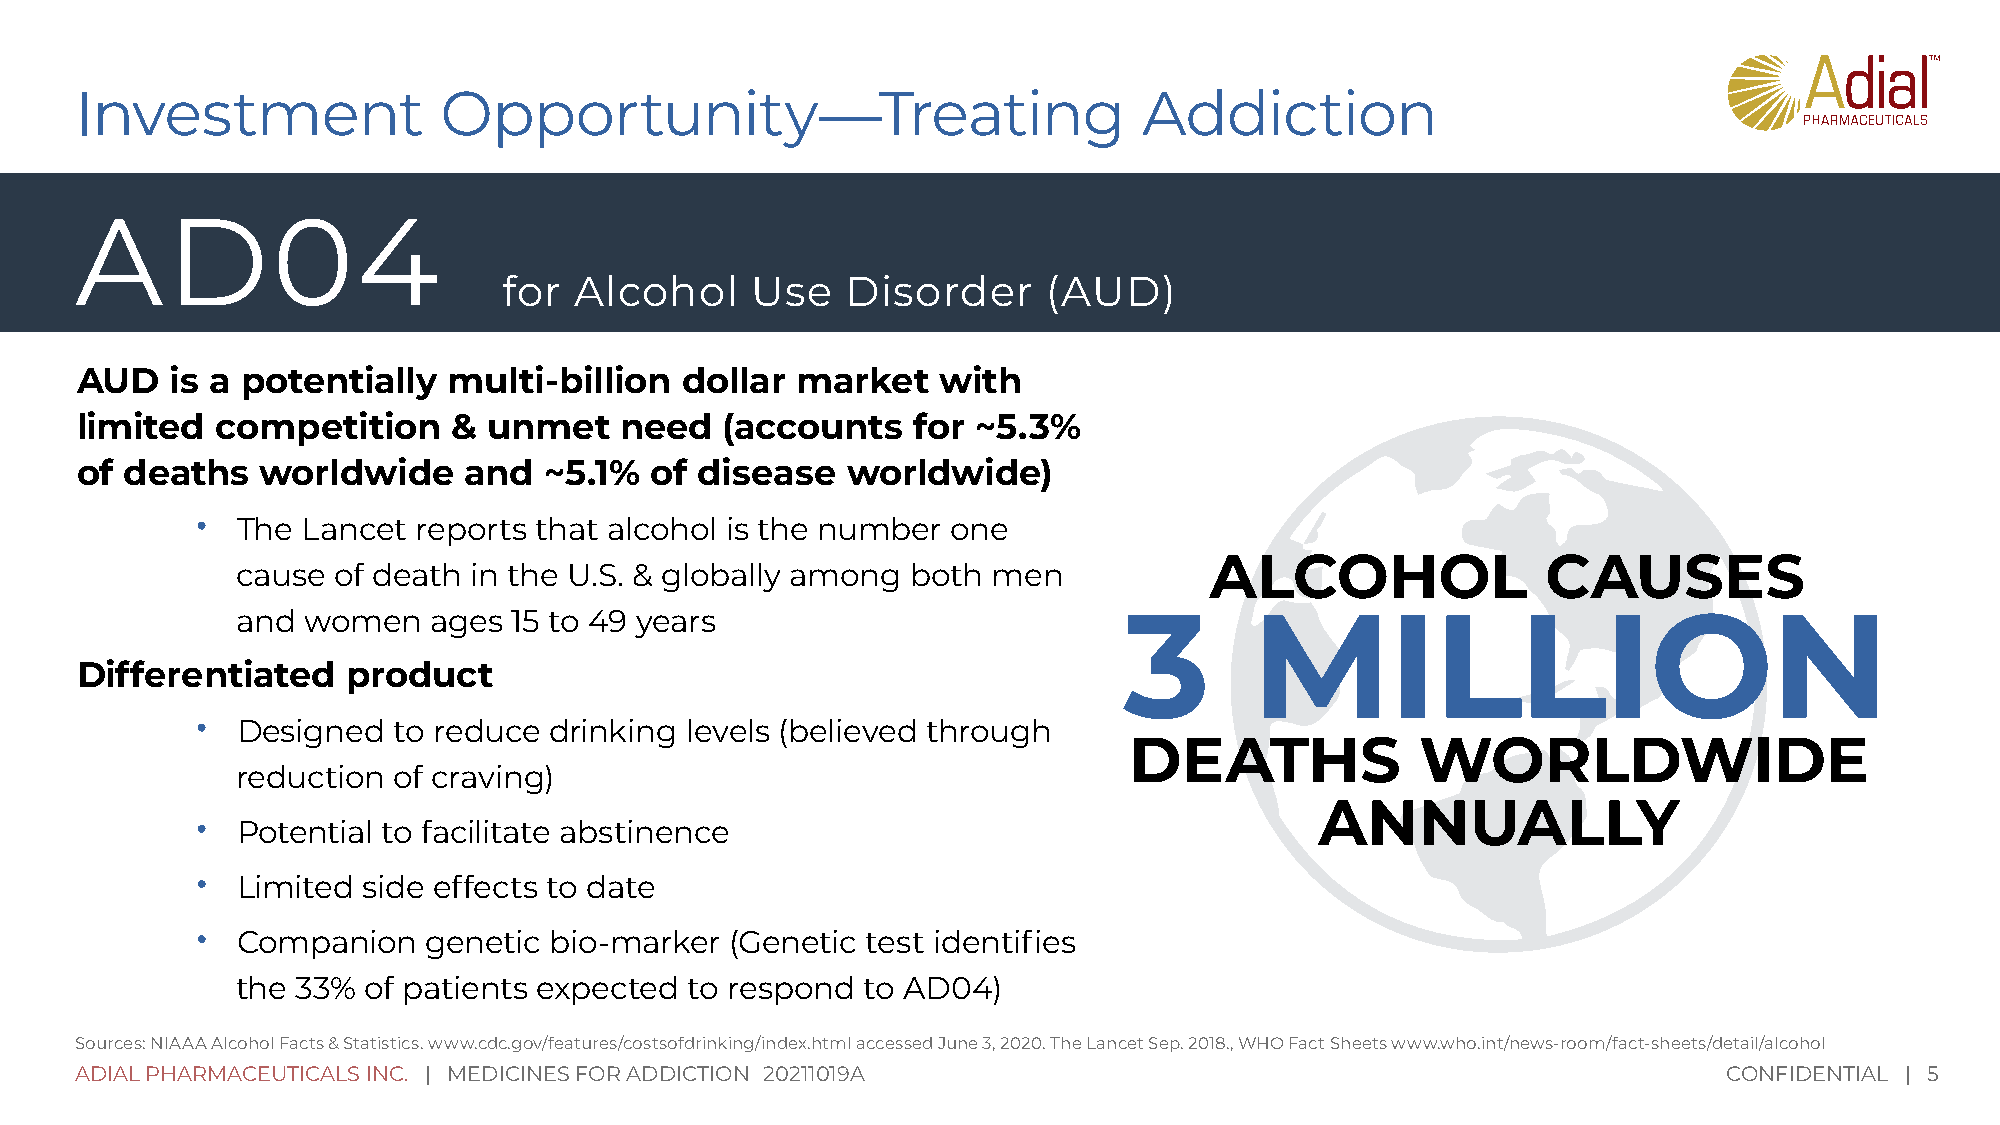
Investment              Opportunity—Treating                           Addiction
 AD04
 for  Alcohol     Use   Disorder     (AUD)
 AUD   is a potentially   multi-billion  dollar  market   with
 limited  competition     & unmet    need   (accounts   for  ~5.3%
 of deaths   worldwide     and  ~5.1%  of disease   worldwide)
 •
 The Lancet  reports that alcohol is the number one
 ALCOHOL               CAUSES
 cause of death in the U.S. & globally among both  men
 and women    ages 15 to 49 years                          3        MILLION
 Differentiated    product
 •
 Designed  to reduce drinking levels (believed through
 DEATHS             WORLDWIDE
 reduction of craving)
 ANNUALLY
 •
 Potential to facilitate abstinence
 •
 Limited side effects to date
 •
 Companion   genetic bio-marker  (Genetic test identifies
 the 33% of patients expected  to respond to AD04)
 Sources: NIAAA Alcohol Facts & Statistics. www.cdc.gov/features/costsofdrinking/index.html accessed June 3, 2020. The Lancet Sep. 2018., WHO Fact Sheets www.who.int/news-room/fact-sheets/detail/alcohol
 ADIAL PHARMACEUTICALS INC. | MEDICINES FOR ADDICTION 20211019A                                               CONFIDENTIAL | 5